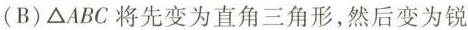
(B)\triangle ABC将先变为直角三角形，然后变为锐